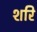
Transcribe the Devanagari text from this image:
शरि